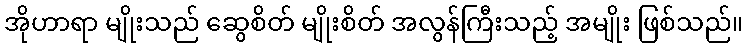
အိုဟာရာ မျိုးသည် ဆွေစိတ် မျိုးစိတ် အလွန်ကြီးသည့် အမျိုး ဖြစ်သည်။